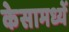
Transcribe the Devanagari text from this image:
केसामध्यें